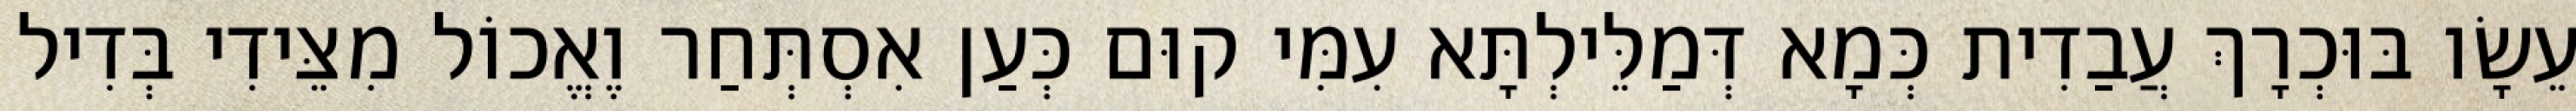
עֵשָׂו בּוּכְרָךְ עֲבַדִית כְּמָא דְּמַלֵּילְתָּא עִמִּי קוּם כְּעַן אִסְתְּחַר וֶאֱכוֹל מִצֵּידִי בְּדִיל